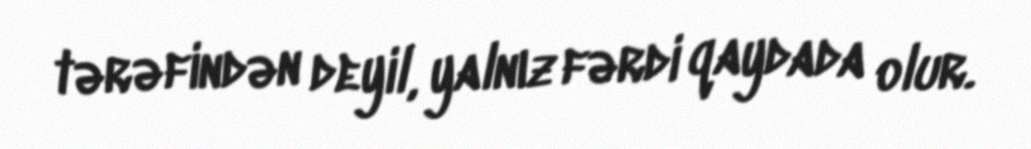
tərəfindən deyil, yalnız fərdi qaydada olur.